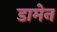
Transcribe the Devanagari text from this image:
डामेन